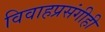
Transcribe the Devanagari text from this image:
विवाहप्रसंगीही